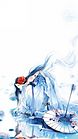
东风不管琵琶怨。落花吹遍。